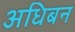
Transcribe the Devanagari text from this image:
अधिबन